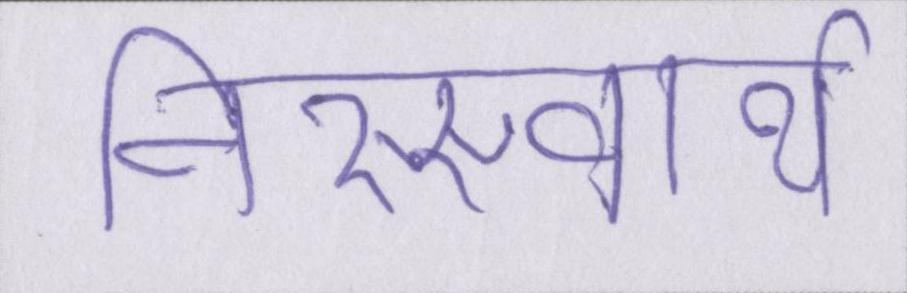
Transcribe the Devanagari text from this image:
निस्स्वार्थ